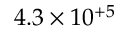
4 . 3 \times 1 0 ^ { + 5 }